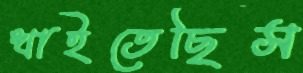
খাইতেছিস